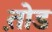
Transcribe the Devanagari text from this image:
त़ोड